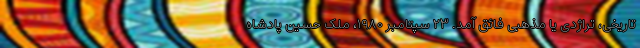
تاریخی، تراژدی یا مذهبی فائق آمد. ۲۳ سپتامبر ۱۹۸۰، ملک حسین پادشاه